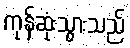
ကုန်ဆုံးသွားသည်